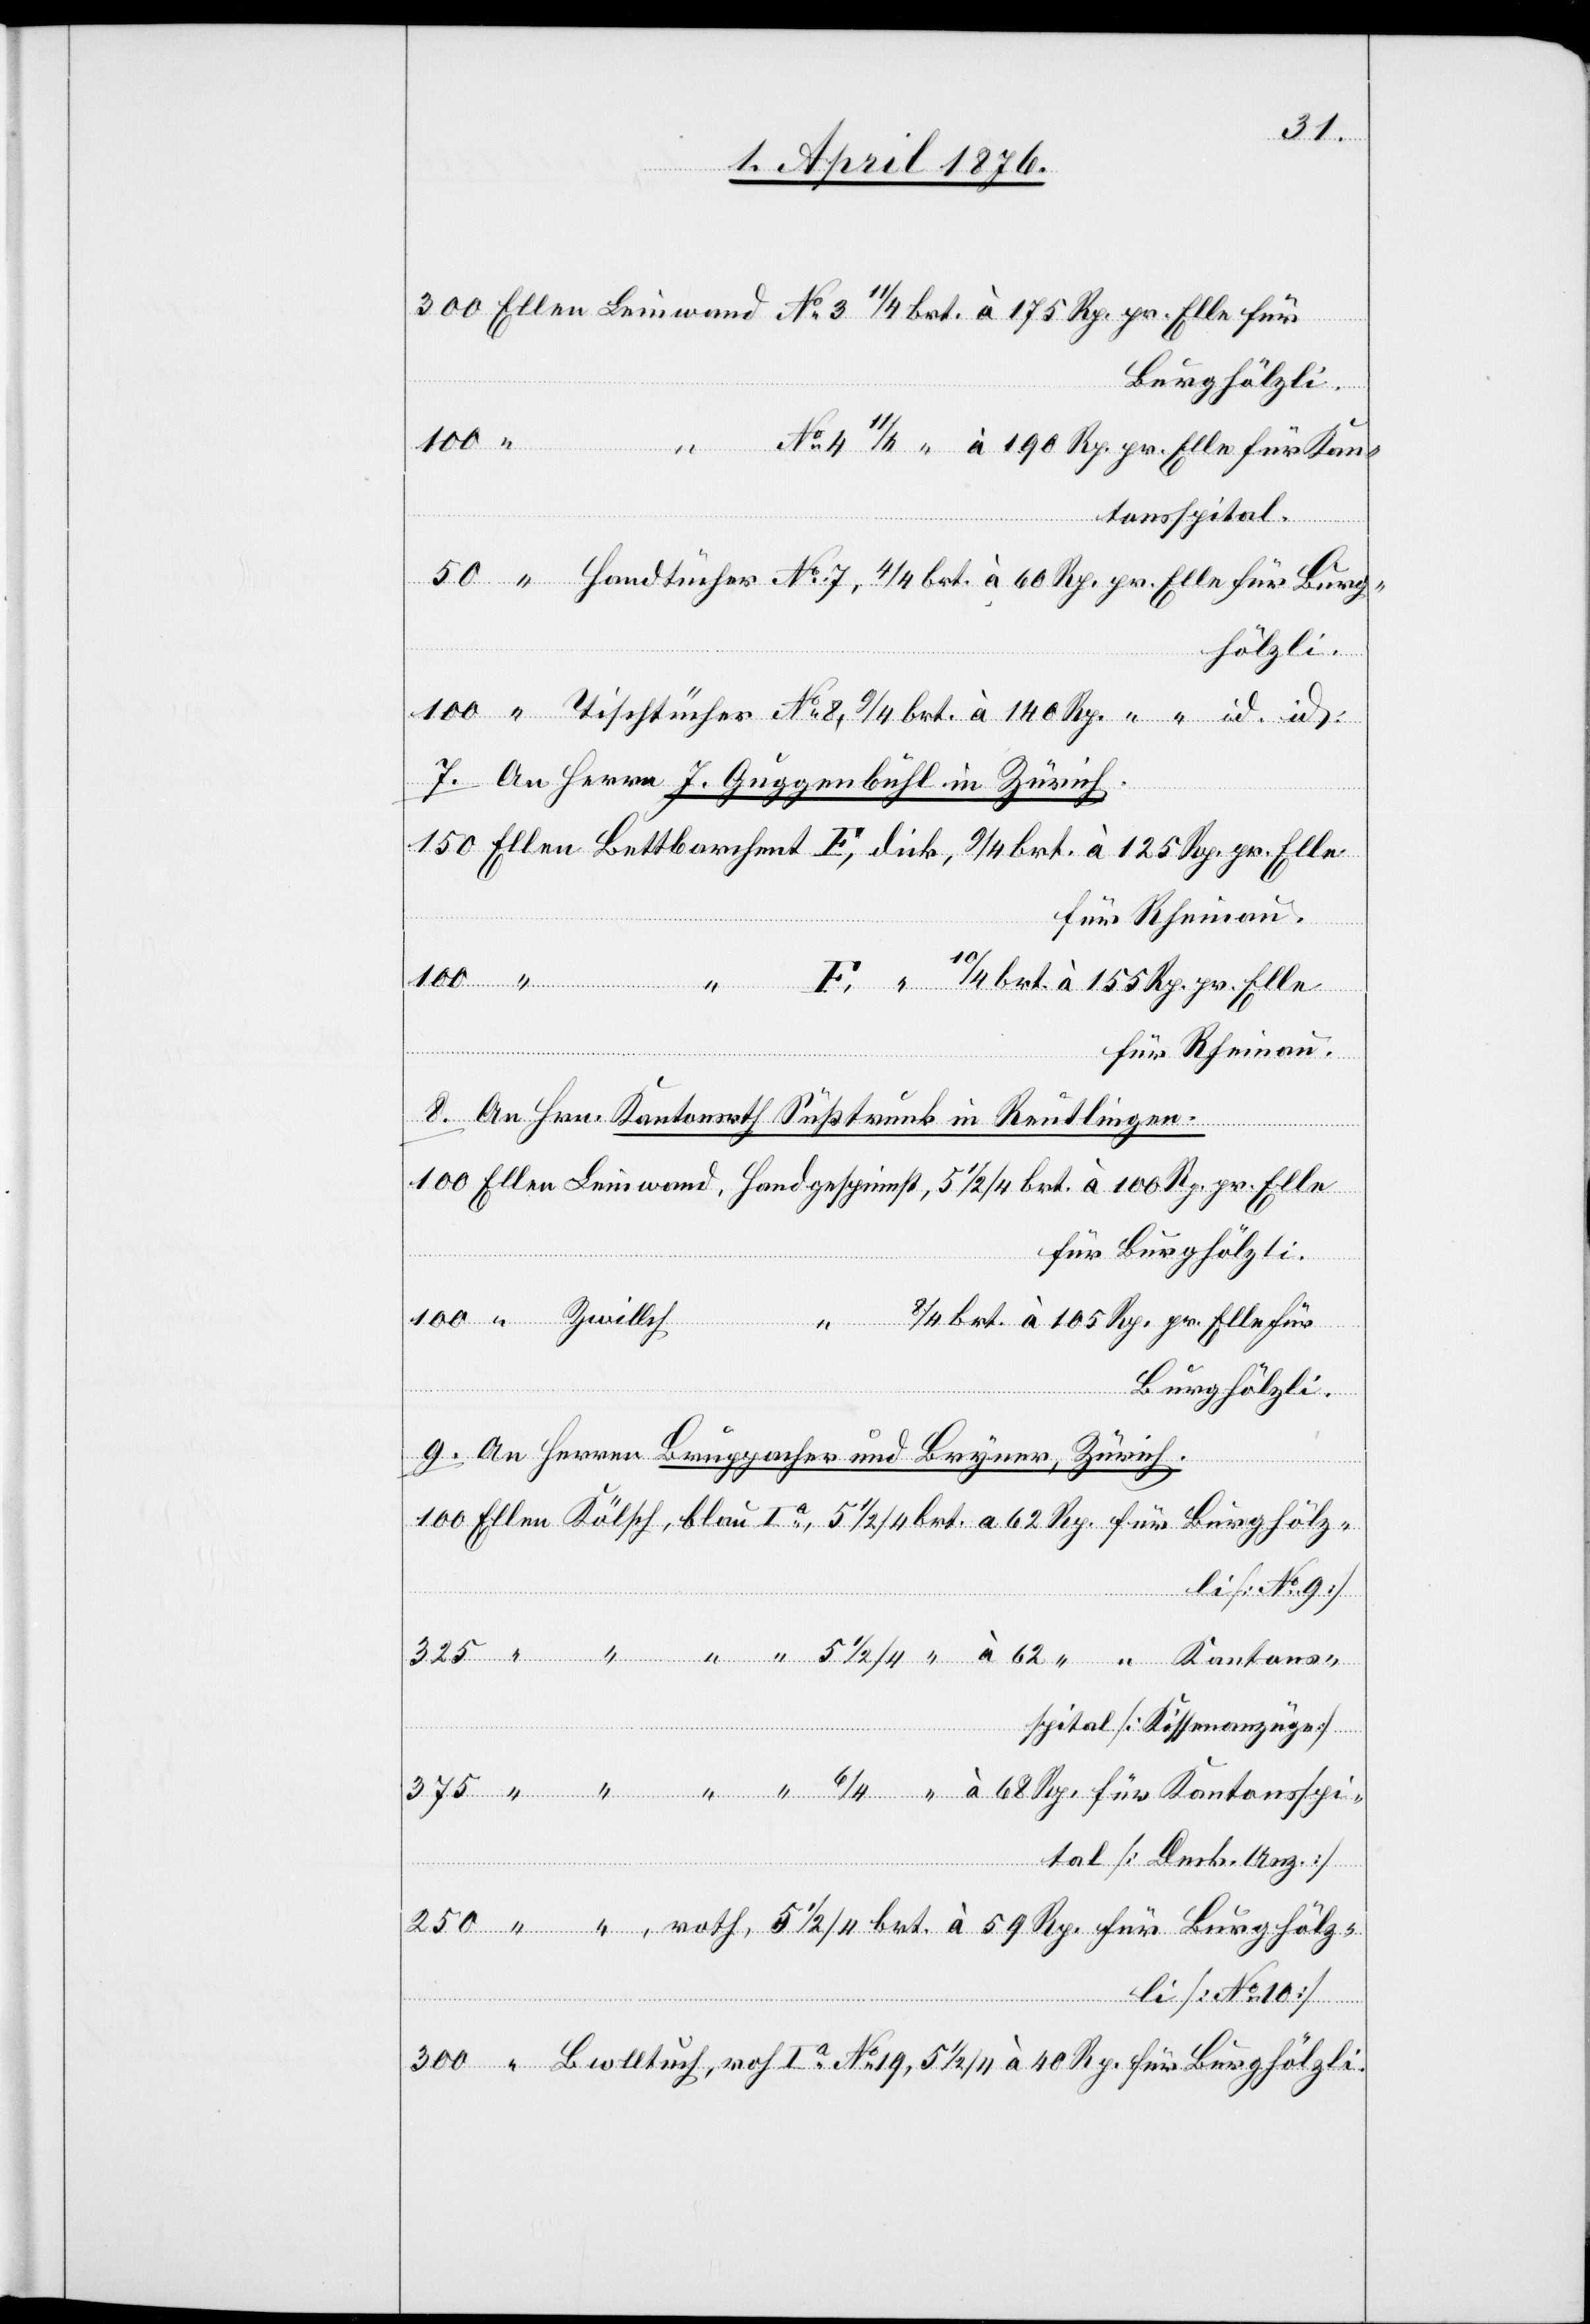
tonspital.
a
7. an Herrn J. Guggenbühl in Zürich.
8. an Hrn. Kantonsrat Süßtrunk in Reutlingen.
Kant¬
Burghölzli.
9. an Herren Bruppacher und Bryner, Zürich.
spital [Kissenanzüge]
brt.
pital [Deck. Bez.]